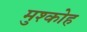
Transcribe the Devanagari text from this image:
मुश्कोह